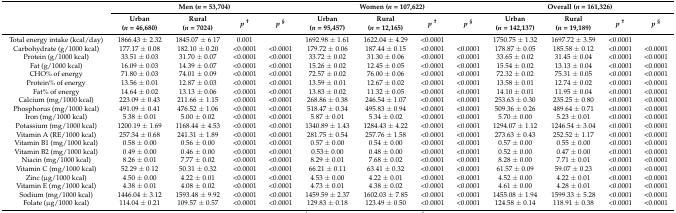
<table><thead><tr><td rowspan="2"></td><td colspan="4"><b>Men (<i>n</i> = 53,704)</b></td><td colspan="4"><b>Women (<i>n</i> = 107,622)</b></td><td colspan="4"><b>Overall (<i>n</i> = 161,326)</b></td></tr><tr><td><b>Urban (<i>n =</i> 46,680)</b></td><td><b>Rural (<i>n =</i> 7024)</b></td><td><b><i>p</i><sup>†</sup></b></td><td><b><i>p</i><sup>§</sup></b></td><td><b>Urban (<i>n =</i> 95,457)</b></td><td><b>Rural (<i>n =</i> 12,165)</b></td><td><b><i>p</i><sup>†</sup></b></td><td><b><i>p</i><sup>§</sup></b></td><td><b>Urban (<i>n =</i> 142,137)</b></td><td><b>Rural (<i>n =</i> 19,189)</b></td><td><b><i>p</i><sup>†</sup></b></td><td><b><i>p</i><sup>§</sup></b></td></tr></thead><tbody><tr><td>Total energy intake (kcal/day)</td><td>1866.43 ± 2.32</td><td>1845.07 ± 6.17</td><td>0.001</td><td></td><td>1692.98 ± 1.61</td><td>1622.04 ± 4.29</td><td>&lt;0.0001</td><td></td><td>1750.75 ± 1.32</td><td>1697.72 ± 3.59</td><td>&lt;0.0001</td><td></td></tr><tr><td>Carbohydrate (g/1000 kcal)</td><td>177.17 ± 0.08</td><td>182.10 ± 0.20</td><td>&lt;0.0001</td><td>&lt;0.0001</td><td>179.72 ± 0.06</td><td>187.44 ± 0.15</td><td>&lt;0.0001</td><td>&lt;0.0001</td><td>178.87 ± 0.05</td><td>185.58 ± 0.12</td><td>&lt;0.0001</td><td>&lt;0.0001</td></tr><tr><td>Protein (g/1000 kcal)</td><td>33.51 ± 0.03</td><td>31.70 ± 0.07</td><td>&lt;0.0001</td><td>&lt;0.0001</td><td>33.72 ± 0.02</td><td>31.30 ± 0.06</td><td>&lt;0.0001</td><td>&lt;0.0001</td><td>33.65 ± 0.02</td><td>31.45 ± 0.04</td><td>&lt;0.0001</td><td>&lt;0.0001</td></tr><tr><td>Fat (g/1000 kcal)</td><td>16.09 ± 0.03</td><td>14.39 ± 0.07</td><td>&lt;0.0001</td><td>&lt;0.0001</td><td>15.26 ± 0.02</td><td>12.45 ± 0.05</td><td>&lt;0.0001</td><td>&lt;0.0001</td><td>15.54 ± 0.02</td><td>13.13 ± 0.04</td><td>&lt;0.0001</td><td>&lt;0.0001</td></tr><tr><td>CHO% of energy</td><td>71.80 ± 0.03</td><td>74.01 ± 0.09</td><td>&lt;0.0001</td><td>&lt;0.0001</td><td>72.57 ± 0.02</td><td>76.00 ± 0.06</td><td>&lt;0.0001</td><td>&lt;0.0001</td><td>72.32 ± 0.02</td><td>75.31 ± 0.05</td><td>&lt;0.0001</td><td>&lt;0.0001</td></tr><tr><td>Protein% of energy</td><td>13.56 ± 0.01</td><td>12.87 ± 0.03</td><td>&lt;0.0001</td><td>&lt;0.0001</td><td>13.59 ± 0.01</td><td>12.67 ± 0.02</td><td>&lt;0.0001</td><td>&lt;0.0001</td><td>13.58 ± 0.01</td><td>12.74 ± 0.02</td><td>&lt;0.0001</td><td>&lt;0.0001</td></tr><tr><td>Fat% of energy</td><td>14.64 ± 0.02</td><td>13.13 ± 0.06</td><td>&lt;0.0001</td><td>&lt;0.0001</td><td>13.83 ± 0.02</td><td>11.32 ± 0.05</td><td>&lt;0.0001</td><td>&lt;0.0001</td><td>14.10 ± 0.01</td><td>11.95 ± 0.04</td><td>&lt;0.0001</td><td>&lt;0.0001</td></tr><tr><td>Calcium (mg/1000 kcal)</td><td>223.09 ± 0.43</td><td>211.66 ± 1.15</td><td>&lt;0.0001</td><td>&lt;0.0001</td><td>268.86 ± 0.38</td><td>246.54 ± 1.07</td><td>&lt;0.0001</td><td>&lt;0.0001</td><td>253.63 ± 0.30</td><td>235.25 ± 0.80</td><td>&lt;0.0001</td><td>&lt;0.0001</td></tr><tr><td>Phosphorus (mg/1000 kcal)</td><td>491.09 ± 0.41</td><td>476.52 ± 1.06</td><td>&lt;0.0001</td><td>&lt;0.0001</td><td>518.47 ± 0.34</td><td>495.83 ± 0.94</td><td>&lt;0.0001</td><td>&lt;0.0001</td><td>509.36 ± 0.26</td><td>489.64 ± 0.71</td><td>&lt;0.0001</td><td>&lt;0.0001</td></tr><tr><td>Iron (mg/1000 kcal)</td><td>5.38 ± 0.01</td><td>5.00 ± 0.02</td><td>&lt;0.0001</td><td>&lt;0.0001</td><td>5.87 ± 0.01</td><td>5.34 ± 0.02</td><td>&lt;0.0001</td><td>&lt;0.0001</td><td>5.70 ± 0.00</td><td>5.23 ± 0.01</td><td>&lt;0.0001</td><td>&lt;0.0001</td></tr><tr><td>Potassium (mg/1000 kcal)</td><td>1200.19 ± 1.69</td><td>1168.44 ± 4.53</td><td>&lt;0.0001</td><td>&lt;0.0001</td><td>1340.89 ± 1.43</td><td>1284.43 ± 4.22</td><td>&lt;0.0001</td><td>&lt;0.0001</td><td>1294.07 ± 1.12</td><td>1246.54 ± 3.04</td><td>&lt;0.0001</td><td>&lt;0.0001</td></tr><tr><td>Vitamin A (RE/1000 kcal)</td><td>257.34 ± 0.68</td><td>241.31 ± 1.89</td><td>&lt;0.0001</td><td>&lt;0.0001</td><td>281.75 ± 0.54</td><td>257.76 ± 1.58</td><td>&lt;0.0001</td><td>&lt;0.0001</td><td>273.63 ± 0.43</td><td>252.52 ± 1.17</td><td>&lt;0.0001</td><td>&lt;0.0001</td></tr><tr><td>Vitamin B1 (mg/1000 kcal)</td><td>0.58 ± 0.00</td><td>0.56 ± 0.00</td><td>&lt;0.0001</td><td>&lt;0.0001</td><td>0.57 ± 0.00</td><td>0.54 ± 0.00</td><td>&lt;0.0001</td><td>&lt;0.0001</td><td>0.57 ± 0.00</td><td>0.55 ± 0.00</td><td>&lt;0.0001</td><td>&lt;0.0001</td></tr><tr><td>Vitamin B2 (mg/1000 kcal)</td><td>0.49 ± 0.00</td><td>0.46 ± 0.00</td><td>&lt;0.0001</td><td>&lt;0.0001</td><td>0.53± 0.00</td><td>0.48 ± 0.00</td><td>&lt;0.0001</td><td>&lt;0.0001</td><td>0.52 ± 0.00</td><td>0.47 ± 0.00</td><td>&lt;0.0001</td><td>&lt;0.0001</td></tr><tr><td>Niacin (mg/1000 kcal)</td><td>8.26 ± 0.01</td><td>7.77 ± 0.02</td><td>&lt;0.0001</td><td>&lt;0.0001</td><td>8.29 ± 0.01</td><td>7.68 ± 0.02</td><td>&lt;0.0001</td><td>&lt;0.0001</td><td>8.28 ± 0.00</td><td>7.71 ± 0.01</td><td>&lt;0.0001</td><td>&lt;0.0001</td></tr><tr><td>Vitamin C (mg/1000 kcal)</td><td>52.29 ± 0.12</td><td>50.31 ± 0.32</td><td>&lt;0.0001</td><td>&lt;0.0001</td><td>66.21 ± 0.11</td><td>63.41 ± 0.32</td><td>&lt;0.0001</td><td>&lt;0.0001</td><td>61.57 ± 0.09</td><td>59.07 ± 0.23</td><td>&lt;0.0001</td><td>&lt;0.0001</td></tr><tr><td>Zinc (μg/1000 kcal)</td><td>4.50 ± 0.00</td><td>4.22 ± 0.01</td><td>&lt;0.0001</td><td>&lt;0.0001</td><td>4.53 ± 0.00</td><td>4.22 ± 0.01</td><td>&lt;0.0001</td><td>&lt;0.0001</td><td>4.52 ± 0.00</td><td>4.22 ± 0.01</td><td>&lt;0.0001</td><td>&lt;0.0001</td></tr><tr><td>Vitamin E (mg/1000 kcal)</td><td>4.38 ± 0.01</td><td>4.08 ± 0.02</td><td>&lt;0.0001</td><td>&lt;0.0001</td><td>4.73 ± 0.01</td><td>4.38 ± 0.02</td><td>&lt;0.0001</td><td>&lt;0.0001</td><td>4.61 ± 0.00</td><td>4.28 ± 0.01</td><td>&lt;0.0001</td><td>&lt;0.0001</td></tr><tr><td>Sodium (mg/1000 kcal)</td><td>1446.04 ± 3.12</td><td>1593.48 ± 9.92</td><td>&lt;0.0001</td><td>&lt;0.0001</td><td>1459.59 ± 2.37</td><td>1602.03 ± 7.85</td><td>&lt;0.0001</td><td>&lt;0.0001</td><td>1455.08 ± 1.94</td><td>1599.33 ± 5.28</td><td>&lt;0.0001</td><td>&lt;0.0001</td></tr><tr><td>Folate (μg/1000 kcal)</td><td>114.04 ± 0.21</td><td>109.57 ± 0.57</td><td>&lt;0.0001</td><td>&lt;0.0001</td><td>129.83 ± 0.18</td><td>123.49 ± 0.50</td><td>&lt;0.0001</td><td>&lt;0.0001</td><td>124.58 ± 0.14</td><td>118.91 ± 0.38</td><td>&lt;0.0001</td><td>&lt;0.0001</td></tr></tbody></table>